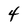
Character: 4